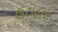
ઉટાહના